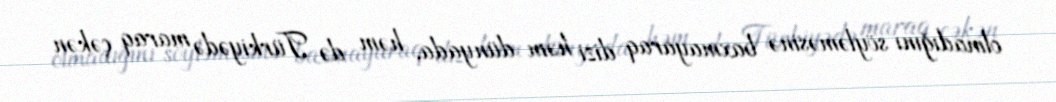
olmadığını söyləməsinə baxmayaraq dizi həm dünyada, həm də Türkiyədə maraq çəkən